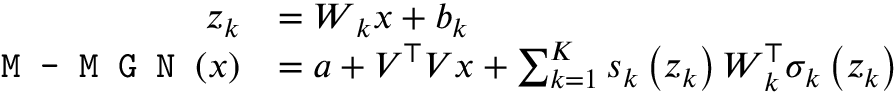
\begin{array} { r l } { \boldsymbol { z } _ { k } } & { = \boldsymbol { W } _ { k } \boldsymbol { x } + \boldsymbol { b } _ { k } } \\ { \mathrm { \texttt { M - M G N } } ( \boldsymbol { x } ) } & { = \boldsymbol { a } + \boldsymbol { V } ^ { \top } \boldsymbol { V } \boldsymbol { x } + \sum _ { k = 1 } ^ { K } s _ { k } \left( \boldsymbol { z } _ { k } \right) \boldsymbol { W } _ { k } ^ { \top } \sigma _ { k } \left( \boldsymbol { z } _ { k } \right) } \end{array}